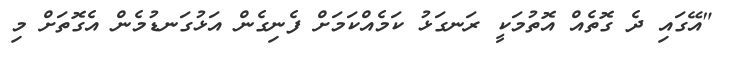
"އޭގައި ދެ ގޮތެއް އޮތުމަކީ ރަނގަޅު ކަމެއްކަމަށް ފެނިގެން އަޅުގަނޑުމެން އެގޮތަށް މި